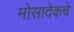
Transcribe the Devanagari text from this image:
मोसादेकचे